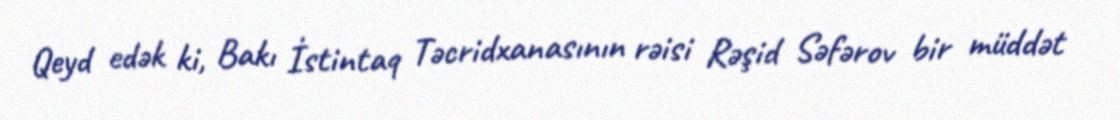
Qeyd edək ki, Bakı İstintaq Təcridxanasının rəisi Rəşid Səfərov bir müddət